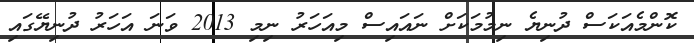
ކޮންމެއަކަސް ދުނިޔެ ނިމުމަކަށް ނައައިސް މިއަހަރު ނިމި 2013 ވަނަ އަހަރު ދުނިޔޭގައި